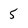
Character: 5